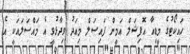
ހައިކޯޓުގެ މީޑިއާ އޮފިޝަލް އަމީން ފައިސަލް މިއަދު ވިދާޅުވީ އެ މައްސަލައަކީ އެ